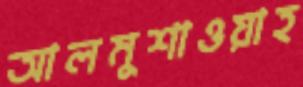
আলমুশাওয়াহ